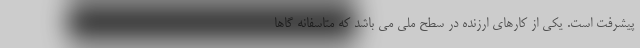
پیشرفت است. یکی از کارهای ارزنده در سطح ملی می باشد که متاسفانه گاها